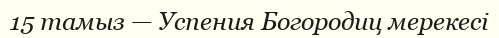
15 тамыз — Успения Богородиц мерекесі